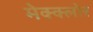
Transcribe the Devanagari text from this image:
मेक्क्लोर